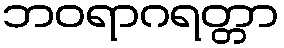
ဘဝရာဂရတ္တာ